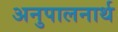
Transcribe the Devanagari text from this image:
अनुपालनार्थ